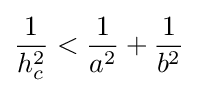
{\frac {1}{h_{c}^{2}}}<{\frac {1}{a^{2}}}+{\frac {1}{b^{2}}}